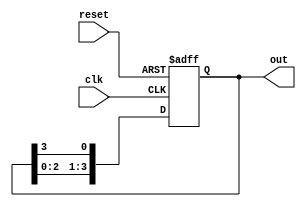
module multi_stage_ring_counter (
    input wire clk,          // Clock signal
    input wire reset,        // Asynchronous reset signal
    output reg [N-1:0] out   // Output of the ring counter
);

// Parameter to define the number of stages (flip-flops)
parameter N = 4; // You can change this value to have a different number of stages

always @(posedge clk or posedge reset) begin
    if (reset) begin
        // Initialize the counter to 1 (only the first flip-flop is set)
        out <= 1'b1;
    end else begin
        // Shift the '1' to the next flip-flop
        out <= {out[N-2:0], out[N-1]};
    end
end

endmodule